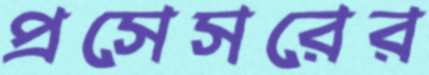
প্রসেসরের